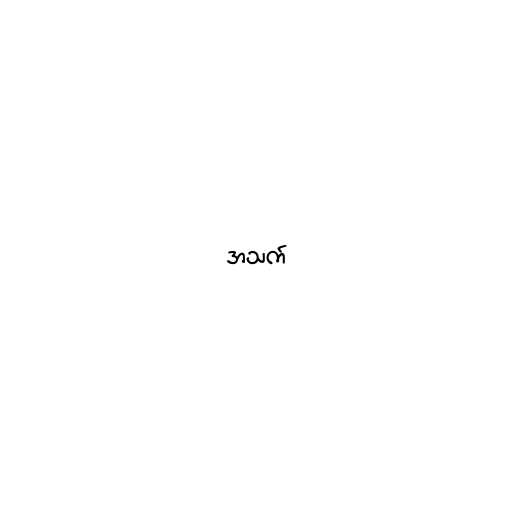
အသက်